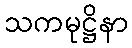
သကမုဋ္ဌိနာ